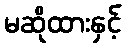
မဆိုထားနှင့်